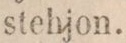
stehjon.